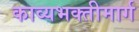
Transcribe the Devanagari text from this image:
काव्यभक्तीमार्ग